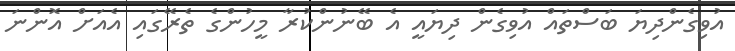
އުވިގެންދިޔަ ބަސްތައް އުވިގެން ދިޔައީ އެ ބޭނުންކުރާ މީހުންގެ ތެރޭގައި އެއަށް އޮންނަ